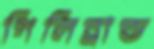
গিলিব্রান্ড